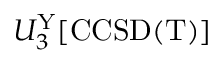
U _ { 3 } ^ { \mathrm { Y } } [ \mathrm { C C S D ( T ) } ]